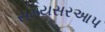
સમયસરઆપ